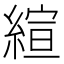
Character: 縇